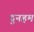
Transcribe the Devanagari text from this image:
दुनहम